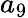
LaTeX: a_{9}